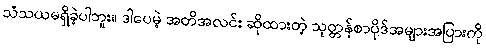
သံသယမရှိခဲ့ပါဘူး။ ဒါပေမဲ့ အတိအလင်း ဆိုထားတဲ့ သုတ္တန်စာပိုဒ်အများအပြားကို